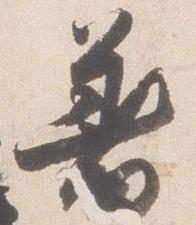
着